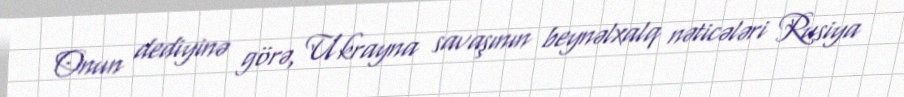
Onun dediyinə görə, Ukrayna savaşının beynəlxalq nəticələri Rusiya